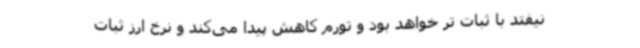
نیفتد با ثبات تر خواهد بود و تورم کاهش پیدا می‌کند و نرخ ارز ثبات